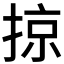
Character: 掠